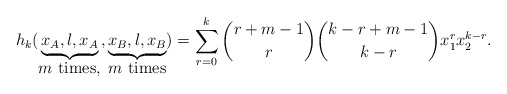
\begin{align*}h_k(\underbrace{x_A,\l,x_A}_{\hbox{$m$ times,}}, \underbrace{x_B,\l,x_B}_{\hbox{$m$ times}})= \sum_{r=0}^k {r+m-1 \choose r} {k-r+m-1\choose k-r}x_1^r x_2^{k-r}.\end{align*}